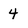
Character: 4